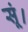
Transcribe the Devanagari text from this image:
सूं।